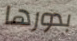
بدورها